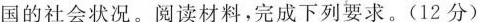
国的社会状况。阅读材料，完成下列要求。(12分)